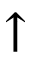
\uparrow